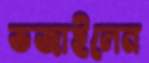
ভজাইলেন